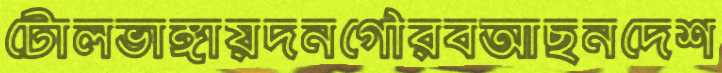
টোলভাঙ্গায়দনগৌরবআছনদেশ